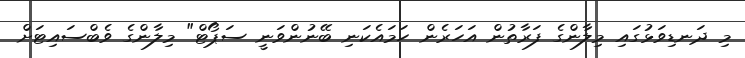
މި ދަނޑިވަޅުގައި މިލާންގެ ފަރާތުން އަހަރެން ހަމައެކަނި ބޭނުންވަނީ ސަޕޯޓް" މިލާންގެ ވެބްސައިޓަށް